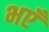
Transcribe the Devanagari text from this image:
भएँ